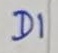
Text: D1